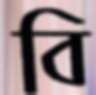
বি